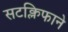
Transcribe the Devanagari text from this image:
सटक्लिफाने